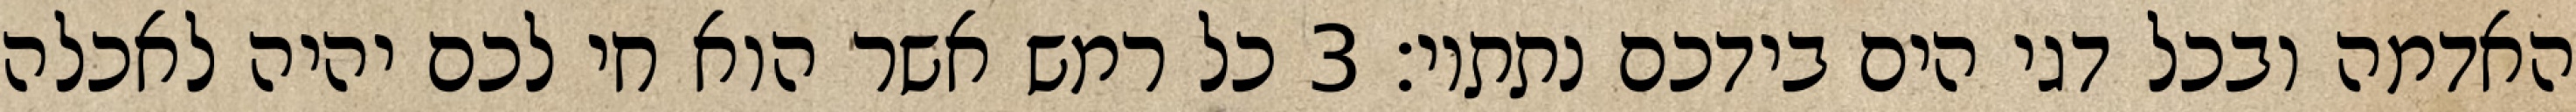
האדמה ובכל דגי הים בידכם נתתיו׃ ‎3‏ כל רמש אשר הוא חי לכם יהיה לאכלה